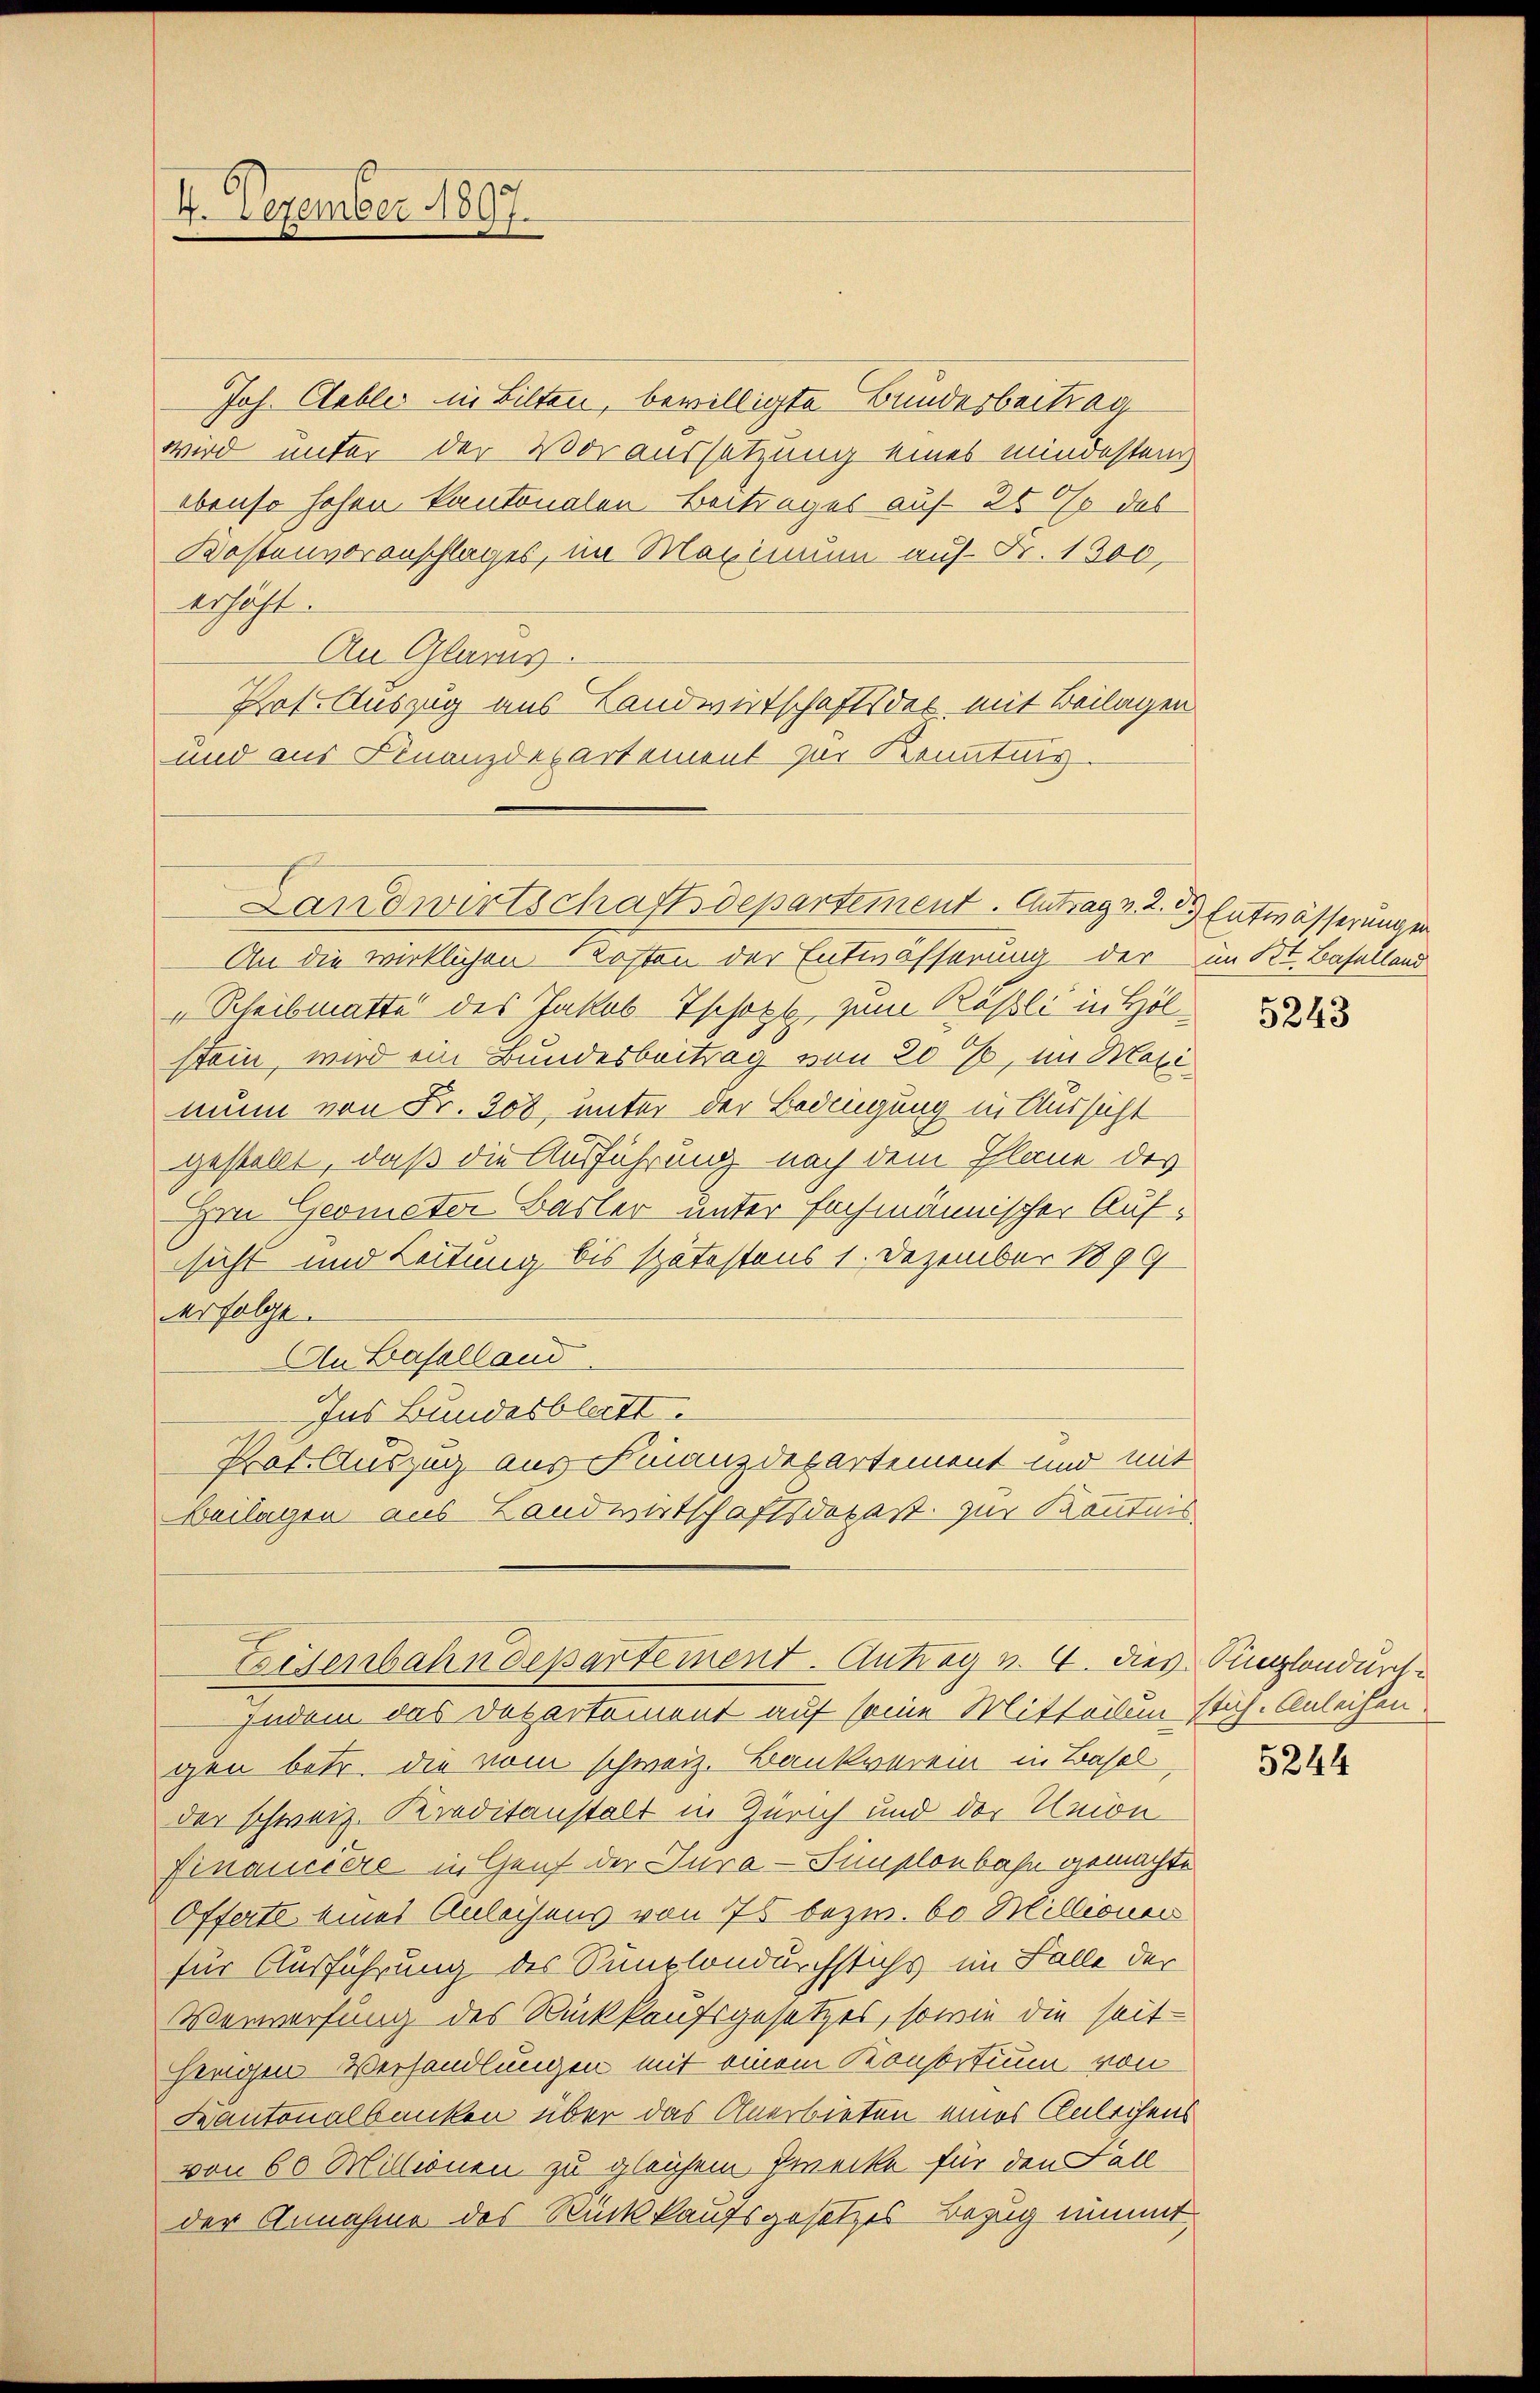
4. Dezember 1897.

Joh. Gebler in Bilten, bewilligte Bundesbeitrag
wird unter der Voraussetzung eines mindesten
ebenso hohen kantonalen Beitrages auf 2600 das
Kostenvoranschlages, im Maximum auf Fr. 1300,
erhöht.
An Glarus.
Prof. Auszug aus Landwirtschaftsdel mit Beilagen
und aus Finanzdepartement zur Kenntnis.
An die wirklichen Kosten der Entwässerung der im Kt. Baselland
„Scheibmatte des Jakob-Tschoft, zum Rößli in Höl
stein, wird ein Bundesbeitrag von 20 %, im Maximum von Fr. 308, unter der Bedingung in Aussicht
gestellt, daß die Ausführung nach dem Plane des
Im Geometer Basler unter fachmännischer Aufsicht und Leitung bis spätestens 1. Dezember 1899
erfolge.
An Baselland
Ins Bundesblatt.
Prof. Auszug aus Finanzdepartement und mit
Beilagen aus Landwirtschaftsdepaßt zur Kenntnis

Landwirtschaftsdepartement. Antrag v. 2. 3. Entwässerung er

Eisenbahndepartement. Antrag v. 4. dies Singlandurch¬

Indem das Departement auf seine Mitteilen stich. Anleihen.
gen betr. die vom schweiz. Bankverein in Basel
der schweiz. Kreditanstalt in Zürich und der Union
Financiere in Genf der Jura - Simplonbahn gemachte
Offerte eines Anleihens von 75 bezw. bo Millionenr
für Ausführung des Sunplondurchstichs im Falle der
Verwerfung des Rückkaufsgesetzes, sowie die seitherigen Verhandlungen mit einem Konsortium von
Kantonalbanken über das Anerbieten eines Anleihens
von 60 Millionen zu gleichem Zwecke für den Fall
der Annahme des Rückkaufsgesetzes Bezug nimmt

5243

5244